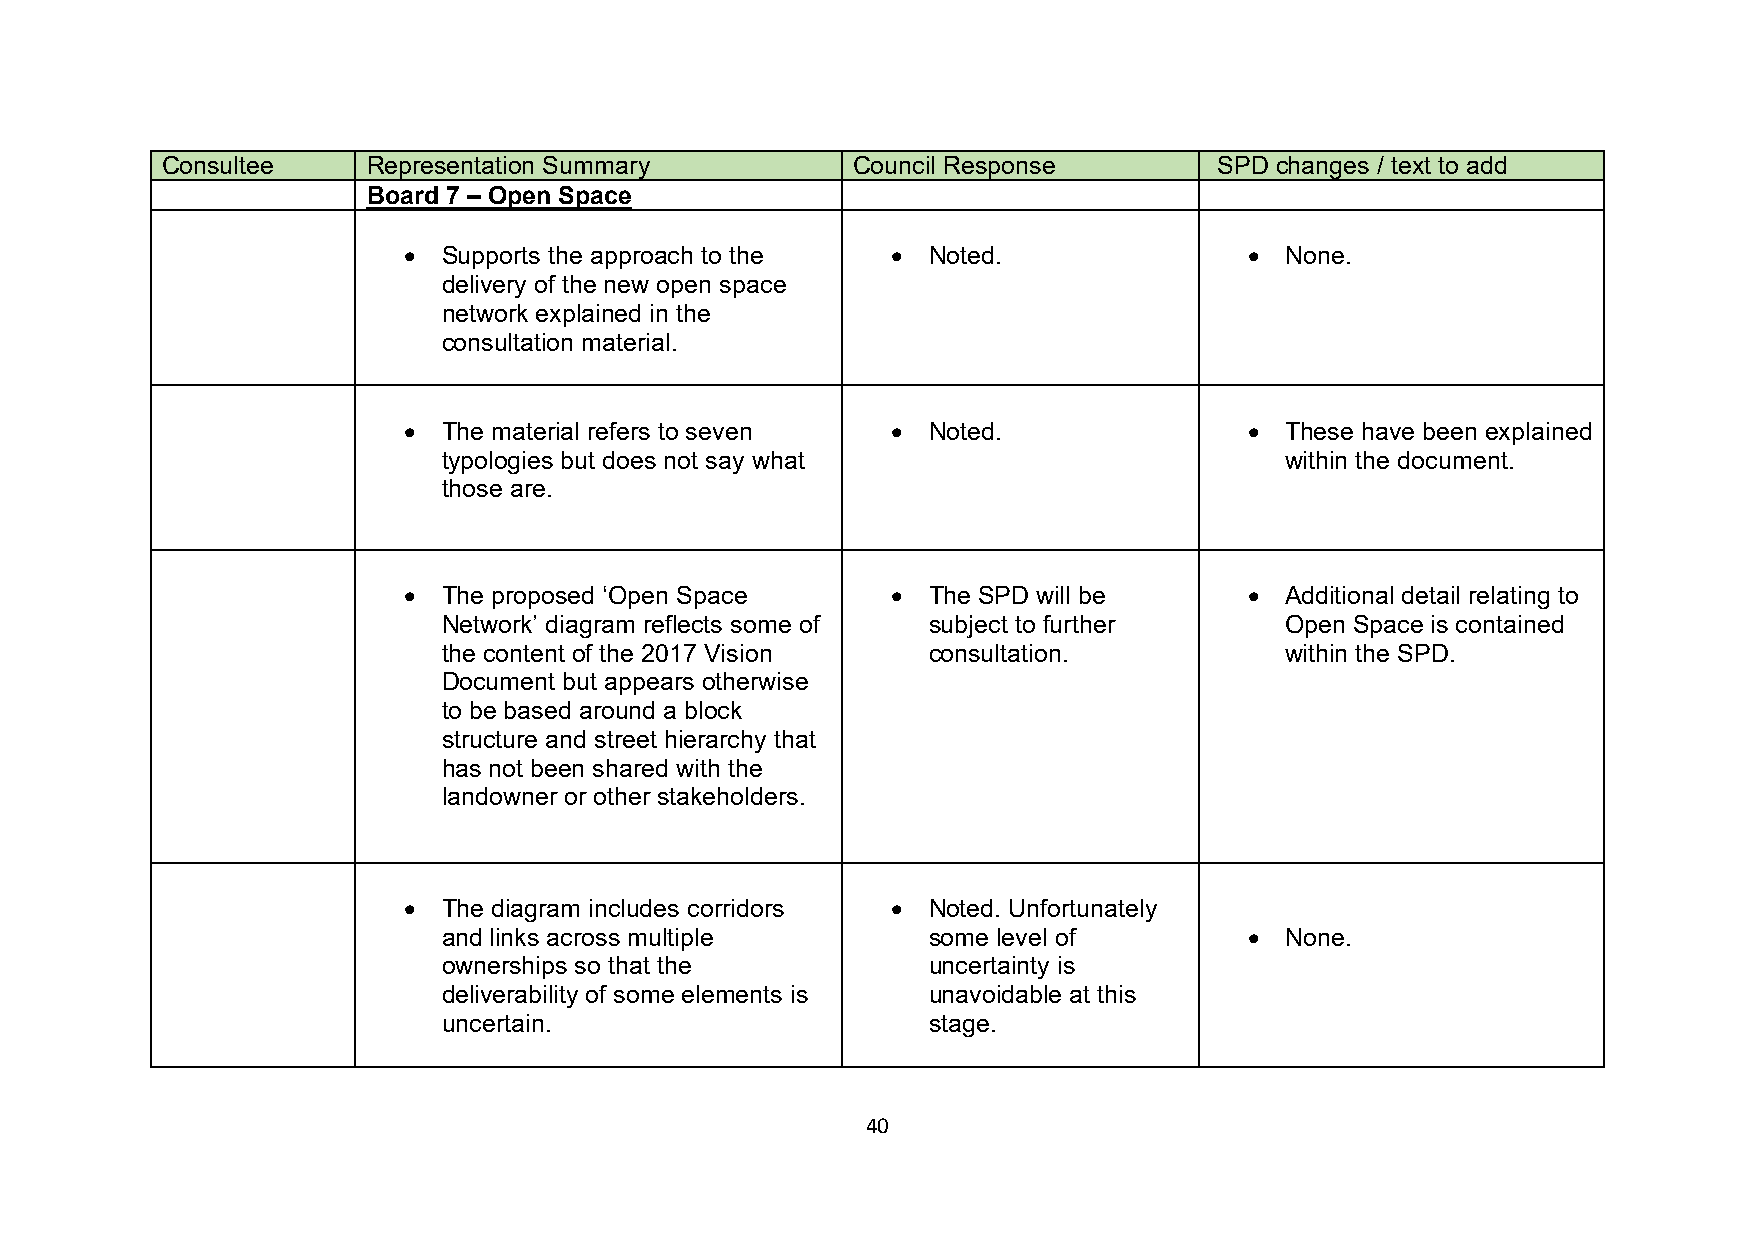
Consultee    Representation Summary          Council Response         SPD changes / text to add
 Board 7 – Open Space
 • Supports the approach to the  • Noted.                • None.
 delivery of the new open space
 network explained in the
 consultation material.
 • The material refers to seven  • Noted.                • These have been explained
 typologies but does not say what                        within the document.
 those are.
 • The proposed ‘Open Space      • The SPD will be       • Additional detail relating to
 Network’ diagram reflects some of subject to further    Open Space is contained
 the content of the 2017 Vision  consultation.           within the SPD.
 Document but appears otherwise
 to be based around a block
 structure and street hierarchy that
 has not been shared with the
 landowner or other stakeholders.
 • The diagram includes corridors • Noted. Unfortunately
 and links across multiple       some level of         • None.
 ownerships so that the          uncertainty is
 deliverability of some elements is unavoidable at this
 uncertain.                      stage.
 40